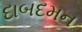
દાબદમન